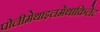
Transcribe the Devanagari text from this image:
पोलीमेथाइलमेथाक्रिलेट